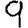
Digit: 9